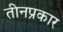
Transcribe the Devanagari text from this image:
तीनप्रकार